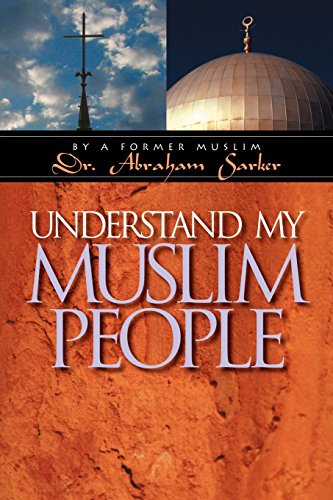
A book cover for Understand My Muslim People; Abraham Sarker; Religion & Spirituality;